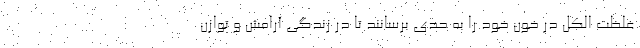
غلظت الکل در خون خود را به حدی برسانند تا در زندگی آرامش و توازن